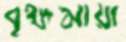
বৃক্ষমায়া